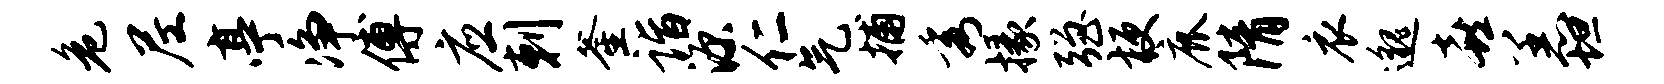
危尼亭净傅应剌釜诣源仁气捕秀掾强梗鹿隋衣邈喜恙坦